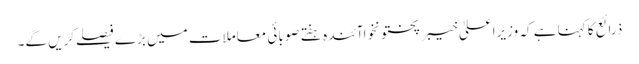
ذرائع کا کہنا ہے کہ وزیراعلیٰ خیبرپختونخواآئندہ ہفتے صوبائی معاملات میں بڑے فیصلےکریں گے۔